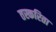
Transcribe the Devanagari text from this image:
तस्करिता